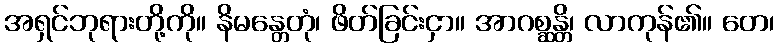
အရှင်ဘုရားတို့ကို။ နိမန္တေတုံ၊ ဖိတ်ခြင်းငှာ။ အာဂစ္ဆန္တိ၊ လာကုန်၏။ တေ၊